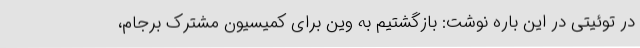
در توئیتی در این باره نوشت: بازگشتیم به وین برای کمیسیون مشترک برجام،